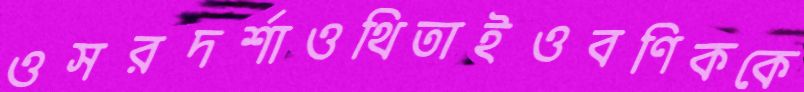
ওসরদর্শাওথিতাইওবণিককে